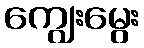
ကျွေးမွေး